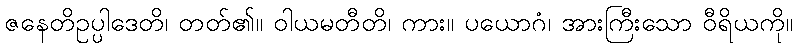
ဇနေတိဥပ္ပါဒေတိ၊ တတ်၏။ ဝါယမတီတိ၊ ကား။ ပယောဂံ၊ အားကြီးသော ဝီရိယကို။